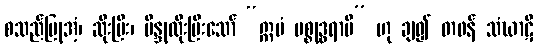
စသည်ပြုအံ့၊ ဆိုးပြီး၊ ဗိန္ဒုထိုးပြီးသော် “ဣမံ ပစ္စုဒ္ဓရာမိ” ဟု ချ၍ တဖန် သံဃာဋိ